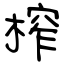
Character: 榨